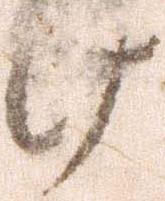
け